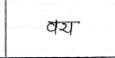
मजकूर: वय